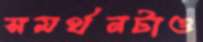
সমর্থনটাও